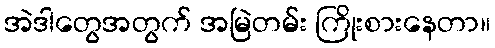
အဲဒါတွေအတွက် အမြဲတမ်း ကြိုးစားနေတာ။